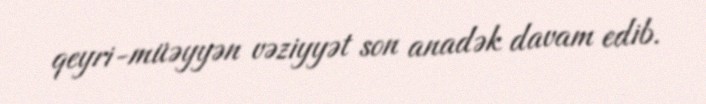
qeyri-müəyyən vəziyyət son anadək davam edib.